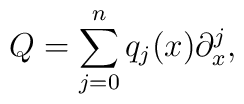
Q=\sum\limits_{j=0}^{n}q_{j}(x)\partial^j_x,